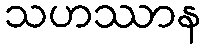
သဟဿာန